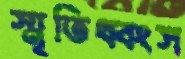
স্মৃতিধ্বংস